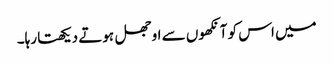
میں اس کو آنکھوں سے اوجھل ہوتے دیکھتا رہا۔